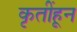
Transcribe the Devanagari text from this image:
कृतींहून